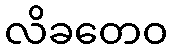
လိခတေဝ